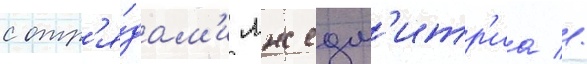
с отр'я́дам'и лжедм'итр'иа //